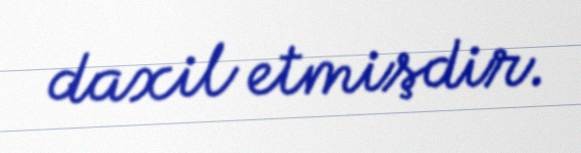
daxil etmişdir.